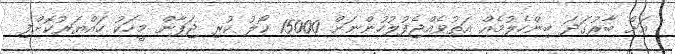
އަށް ބާރުގަދަ ބިންހެލުމެއް އަތުވެއްޖެފުލުހުންނަށް 15000 ކޯލު ކުރި ޖަޕާން މީހަކު ހައްޔަރުކޮށްފި